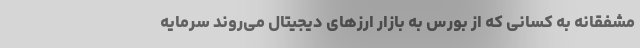
مشفقانه به کسانی که از بورس به بازار ارزهای دیجیتال می‌روند سرمایه